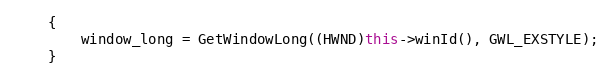
Language: C++
    {
        window_long = GetWindowLong((HWND)this->winId(), GWL_EXSTYLE);
    }